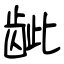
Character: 龇